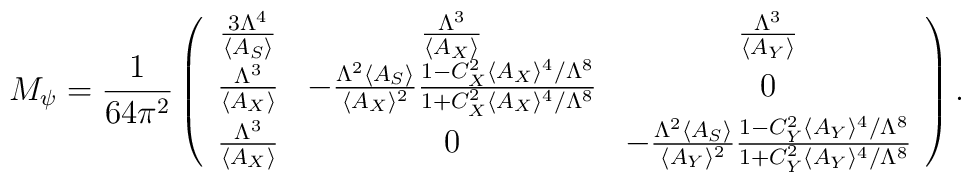
M_\psi = {1 \over {64 \pi^2}} \left(  \begin{array}{ccc}   {{3 \Lambda^4} \over {\langle A_S \rangle}} &   {{\Lambda^3} \over {\langle A_X \rangle}} &   {{\Lambda^3} \over {\langle A_Y \rangle}} \\   {{\Lambda^3} \over {\langle A_X \rangle}} &   -{{\Lambda^2 \langle A_S \rangle} \over {\langle A_X \rangle^2}}    {{1-C_X^2 \langle A_X \rangle^4 / \Lambda^8}     \over     {1+C_X^2 \langle A_X \rangle^4 / \Lambda^8}} &   0 \\   {{\Lambda^3} \over {\langle A_X \rangle}} &   0 &   -{{\Lambda^2 \langle A_S \rangle} \over {\langle A_Y \rangle^2}}    {{1-C_Y^2 \langle A_Y \rangle^4 / \Lambda^8}     \over     {1+C_Y^2 \langle A_Y \rangle^4 / \Lambda^8}} \\  \end{array} \right).